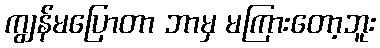
ကျွန်မပြောတာ ဘာမှ မကြားတော့ဘူး